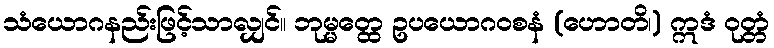
သံယောဂနည်းဖြင့်သာလျှင်။ ဘုမ္မတ္ထေ ဥပယောဂဝစနံ (ဟောတိ၊) ဣဒံ ဝုတ္တံ